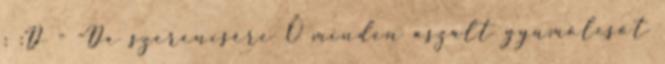
: :D - -De szerencsére Ő minden aszalt gyümölcsöt